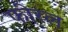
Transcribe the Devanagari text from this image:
फीरल